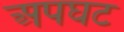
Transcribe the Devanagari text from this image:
अपघट